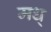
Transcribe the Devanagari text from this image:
मध्